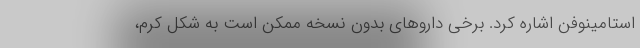
استامینوفن اشاره کرد. برخی داروهای بدون نسخه ممکن است به شکل کرم،